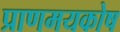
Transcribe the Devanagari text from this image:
प्राणमयकोष